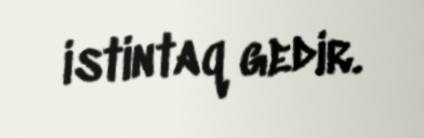
istintaq gedir.